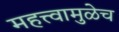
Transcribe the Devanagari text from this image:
महत्त्वामुळेच